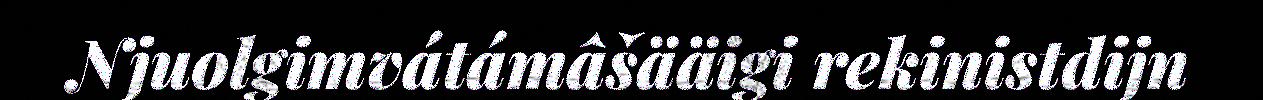
Njuolgimvátámâšääigi rekinistdijn